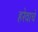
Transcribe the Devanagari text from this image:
हरेवाचे